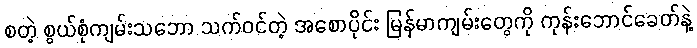
စတဲ့ စွယ်စုံကျမ်းသဘော သက်ဝင်တဲ့ အစောပိုင်း မြန်မာကျမ်းတွေကို ကုန်းဘောင်ခေတ်နဲ့